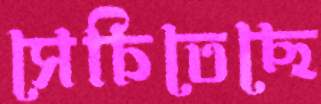
সেচিতেছে